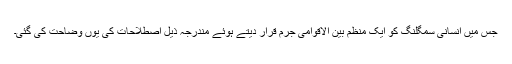
جس میں انسانی سمگلنگ کو ایک منظم بین الاقوامی جرم قرار دیتے ہوئے مندرجہ ذیل اصطلاحات کی یوں وضاحت کی گئی۔